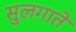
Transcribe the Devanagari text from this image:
सुलगाते